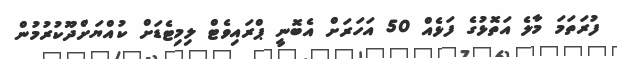
ފުރަތަމަ މާލެ އަތޮޅުގެ ފަޅެއް 50 އަހަރަށް އެބޮނީ ޕްރައިވެޓް ލިމިޓެޑަށް ކުއްޔަށްދޫކުރުމުން